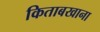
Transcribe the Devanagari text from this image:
किताबखाना